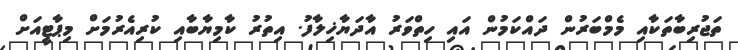
ތަޖުރިބާތަކާއި މެމްބަރުން ދައްކަމުން އައި ހިތްވަރު އާދަޔާޚިލާފު. އިތުރު ކާމިޔާބާއި ކުރިއެރުމަށް މިޕާޓީއަށް